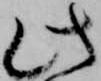
此